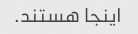
اینجا هستند.